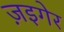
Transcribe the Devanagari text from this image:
ज़इगेर